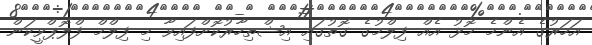
އަހަރުގެ އެންމެ މޮޅު އެއް ފިލްމުގެ ގޮތުގައި އިޝްތިހާރުކޮށްފައިވާ މި ފިލްމް ފްލޮޕްވީކަން